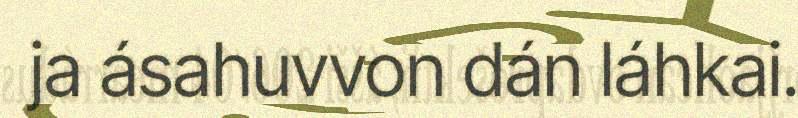
ja ásahuvvon dán láhkai.